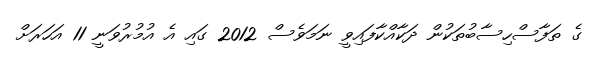
ގެ ތަފާސްހިސާބުތަކުން ދަކާއްކާފައިވީ ނަމަވެސް 2012 ގައި އެ އުމުރުވަނީ 11 އަހަރަށް